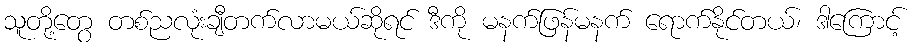
သူတို့တွေ တစ်ညလုံးချီတက်လာမယ်ဆိုရင် ဒီကို မနက်ဖြန်မနက် ရောက်နိုင်တယ်၊ ဒါကြောင့်